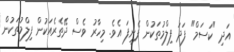
އަދި "ކަސަމް" ފަދަ ފިލްމުތަކުން ފެނިފަ އެވެ. މިހާރު ވެސް ދޭތެރެއަކުން ފިލްމުތަކުން